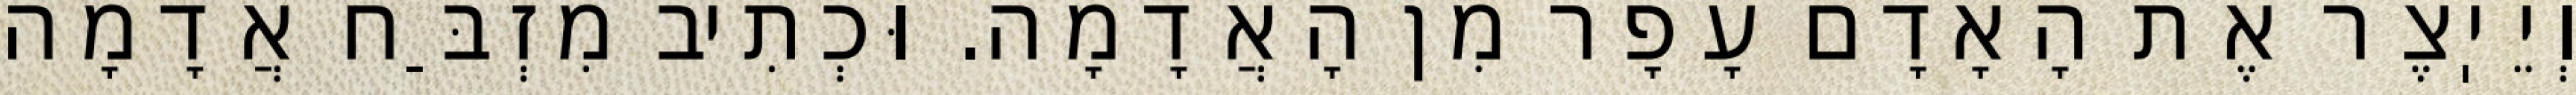
וְיֵיֽצֶר אֶת הָאָדָם עָפָר מִן הָאֲדָמָה. וּכְתִיב מִזְבַּח אֲדָמָה